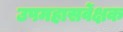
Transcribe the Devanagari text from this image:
उपमहासर्वेक्षक